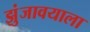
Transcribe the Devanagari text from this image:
झुंजावयाला